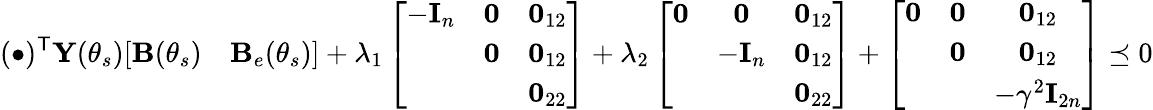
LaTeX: (\bullet)^{\mathsf{T}}{\mathbf{Y}}(\theta_{s})[\mathbf{B}(\theta_{s})\quad\mathbf{B}_{e}(\theta_{s})]+\lambda_{1}\left[\begin{array}{ccc}{-\mathbf{I}_{n}}&{\mathbf 0}&{\mathbf 0_{12}}\\ &{\mathbf 0}&{\mathbf 0_{12}}\\ &&{\mathbf 0_{22}}\end{array}\right]+\lambda_{2}\left[\begin{array}{ccc}{\mathbf 0}&{\mathbf 0}&{\mathbf 0_{12}}\\ &{-\mathbf{I}_{n}}&{\mathbf 0_{12}}\\ &&{\mathbf 0_{22}}\end{array}\right]+\left[\begin{array}{ccc}{\mathbf 0}&{\mathbf 0}&{\mathbf 0_{12}}\\ &{\mathbf 0}&{\mathbf 0_{12}}\\ &&{-\gamma^{2}\mathbf{I}_{2n}}\end{array}\right]\preceq 0